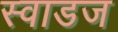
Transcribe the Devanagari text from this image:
स्वाडज